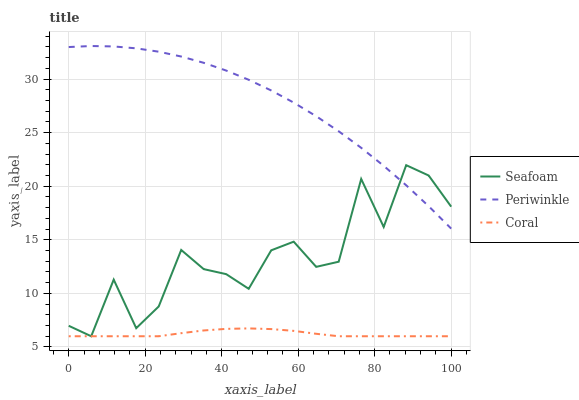
| xaxis_label | Seafoam | Periwinkle | Coral |
 | --- | --- | --- | --- |
 | 0 | 6.98 | 33 | 6 |
 | 5.88 | 6 | 33.1 | 6 |
 | 11.8 | 11.3 | 33 | 6 |
 | 17.6 | 6.75 | 32.9 | 6 |
 | 23.5 | 8.78 | 32.6 | 6 |
 | 29.4 | 14.1 | 32.1 | 6.29 |
 | 35.3 | 12.3 | 31.5 | 6.54 |
 | 41.2 | 11.8 | 30.8 | 6.69 |
 | 47.1 | 10.4 | 29.9 | 6.73 |
 | 52.9 | 14 | 28.9 | 6.67 |
 | 58.8 | 14.8 | 27.8 | 6.5 |
 | 64.7 | 12.5 | 26.5 | 6.23 |
 | 70.6 | 13 | 25.1 | 6 |
 | 76.5 | 20.7 | 23.6 | 6 |
 | 82.4 | 16.2 | 21.9 | 6 |
 | 88.2 | 22 | 20.1 | 6 |
 | 94.1 | 21 | 18.1 | 6 |
 | 100 | 18.1 | 16 | 6 |